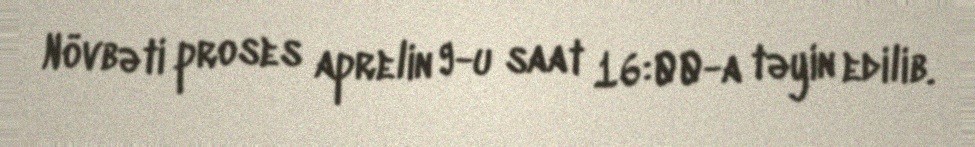
Növbəti proses aprelin 9-u saat 16:00-a təyin edilib.